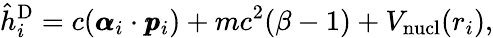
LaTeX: \hat{h}_{i}^{\textrm{D}}=c(\pmb{\alpha}_{i}\cdot\pmb{p}_{i})+mc^{2}(\beta-1)+V_{\textrm{nucl}}(r_{i}),